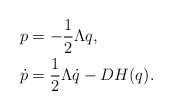
\begin{align*}p &= -\frac{1}{2} \Lambda q, \\\dot p &=\frac{1}{2} \Lambda \dot q - DH(q).\end{align*}